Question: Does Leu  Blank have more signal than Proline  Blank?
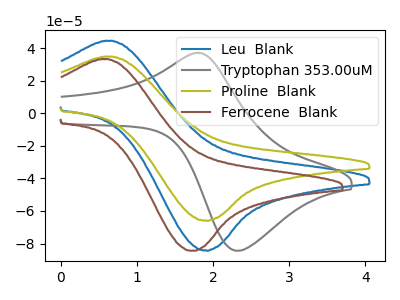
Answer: <think>The blue curve "Leu  Blank" has an anodic peak at (0.65V, 44.50uA) and a cathodic peak at (1.90V, -84.25uA). The gray curve "Tryptophan 353.00uM" has an anodic peak at (1.80V, 37.00uA) and a cathodic peak at (2.30V, -84.45uA). The olive curve "Proline  Blank" has an anodic peak at (0.65V, 34.80uA) and a cathodic peak at (1.90V, -65.90uA). The brown curve "Ferrocene  Blank" has an anodic peak at (0.55V, 33.30uA) and a cathodic peak at (1.70V, -84.45uA).
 All the peaks in "Leu  Blank" have a peak in "Proline  Blank" at the same potential. Every peak in "Leu  Blank" is higher than every peak in "Proline  Blank".</think>
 <answer>"Leu  Blank" has more signal than "Proline  Blank".</answer>
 <eval>more_signal</eval>